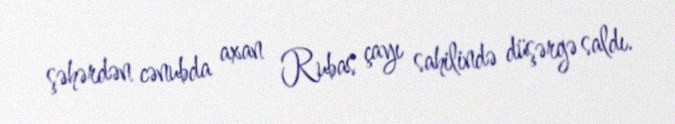
şəhərdən cənubda axan Rubas çayı sahilində düşərgə saldı.